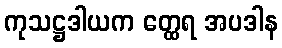
ကုသဋ္ဌဒါယက တ္ထေရ အပဒါန